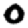
Digit: 0